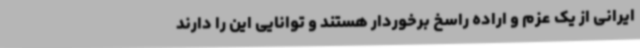
ایرانی از یک عزم و اراده راسخ برخوردار هستند و توانایی این را دارند